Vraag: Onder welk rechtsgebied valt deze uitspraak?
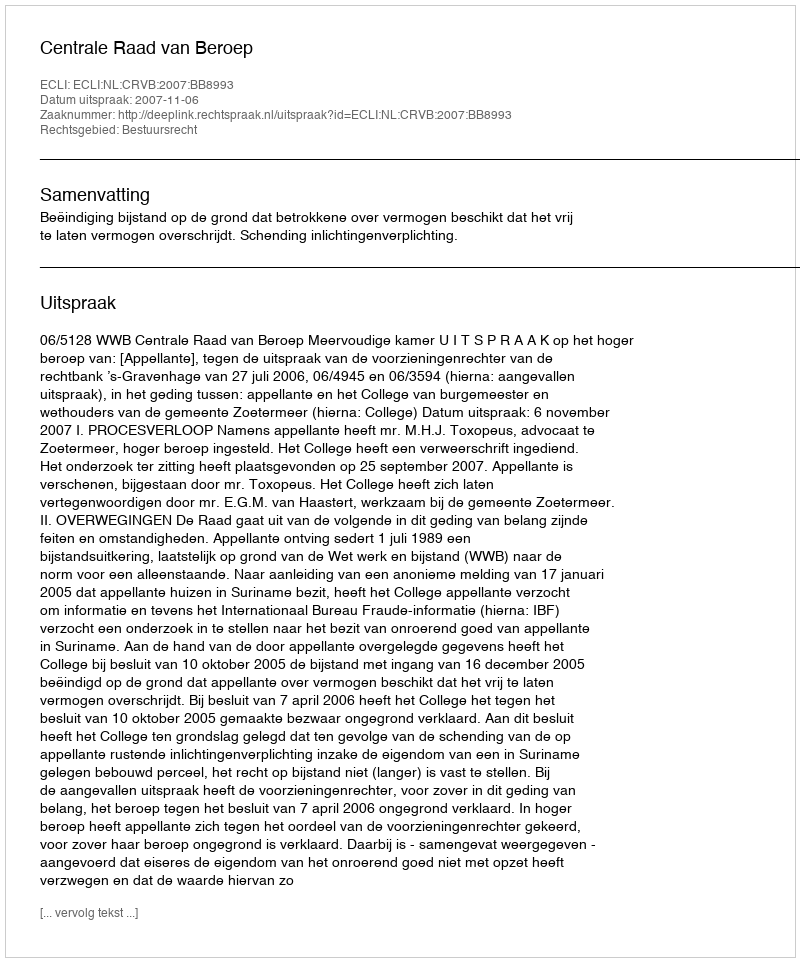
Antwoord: Bestuursrecht